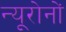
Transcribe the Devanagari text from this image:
न्यूरोनों